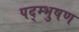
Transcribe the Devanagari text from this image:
पद्म्भुषण